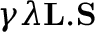
\gamma \lambda \mathbf { L } . \mathbf { S }